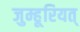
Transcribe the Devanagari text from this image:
जुम्हूरियत्